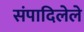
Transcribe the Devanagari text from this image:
संपादिलेले